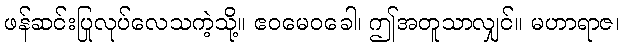
ဖန်ဆင်းပြုလုပ်လေသကဲ့သို့။ ဧဝမေဝခေါ၊ ဤအတူသာလျှင်။ မဟာရာဇ၊